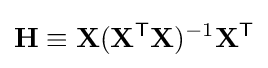
\mathbf {H} \equiv \mathbf {X} (\mathbf {X} ^{\mathsf {T}}\mathbf {X} )^{-1}\mathbf {X} ^{\mathsf {T}}